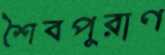
শৈবপুরাণ